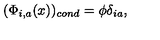
( \Phi _ { i , a } ( x ) ) _ { c o n d } = \phi \delta _ { i a } ,